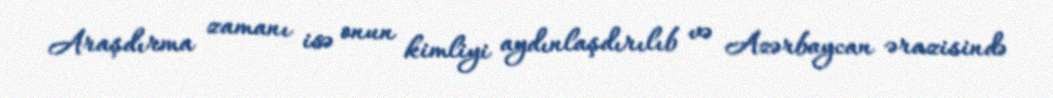
Araşdırma zamanı isə onun kimliyi aydınlaşdırılıb və Azərbaycan ərazisində